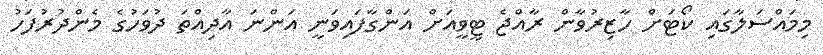
މިމައްސަލާގައި ކޯޓަށް ހާޒިރުވާން ރާއްޖެ ޓީވީއަށް އަންގާފައިވަނީ އަންނަ އާދިއްތަ ދުވަހުގެ މެންދުރުފަހު